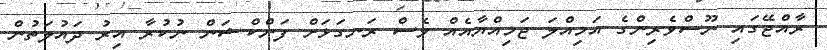
ރާއްޖޭގައި ނޫސްވެރިންގެ އަމިއްލަ ޖަމިއްޔާއެއް ވެސް ރަނގަޅަށް ފަންކްޝަން ނުކުރާ އިރު ދައުލަތުން